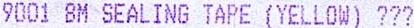
9001 BM SEALING TAPE (YELLOW) ???